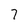
Character: 7